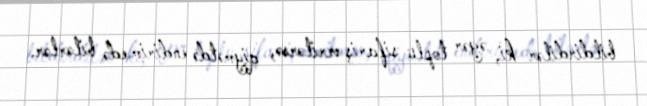
bildirdilər ki, əgər toplu sifariş verilərsə, qiymətdə endirim edə bilərlər.